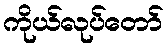
ကိုယ်လုပ်တော်